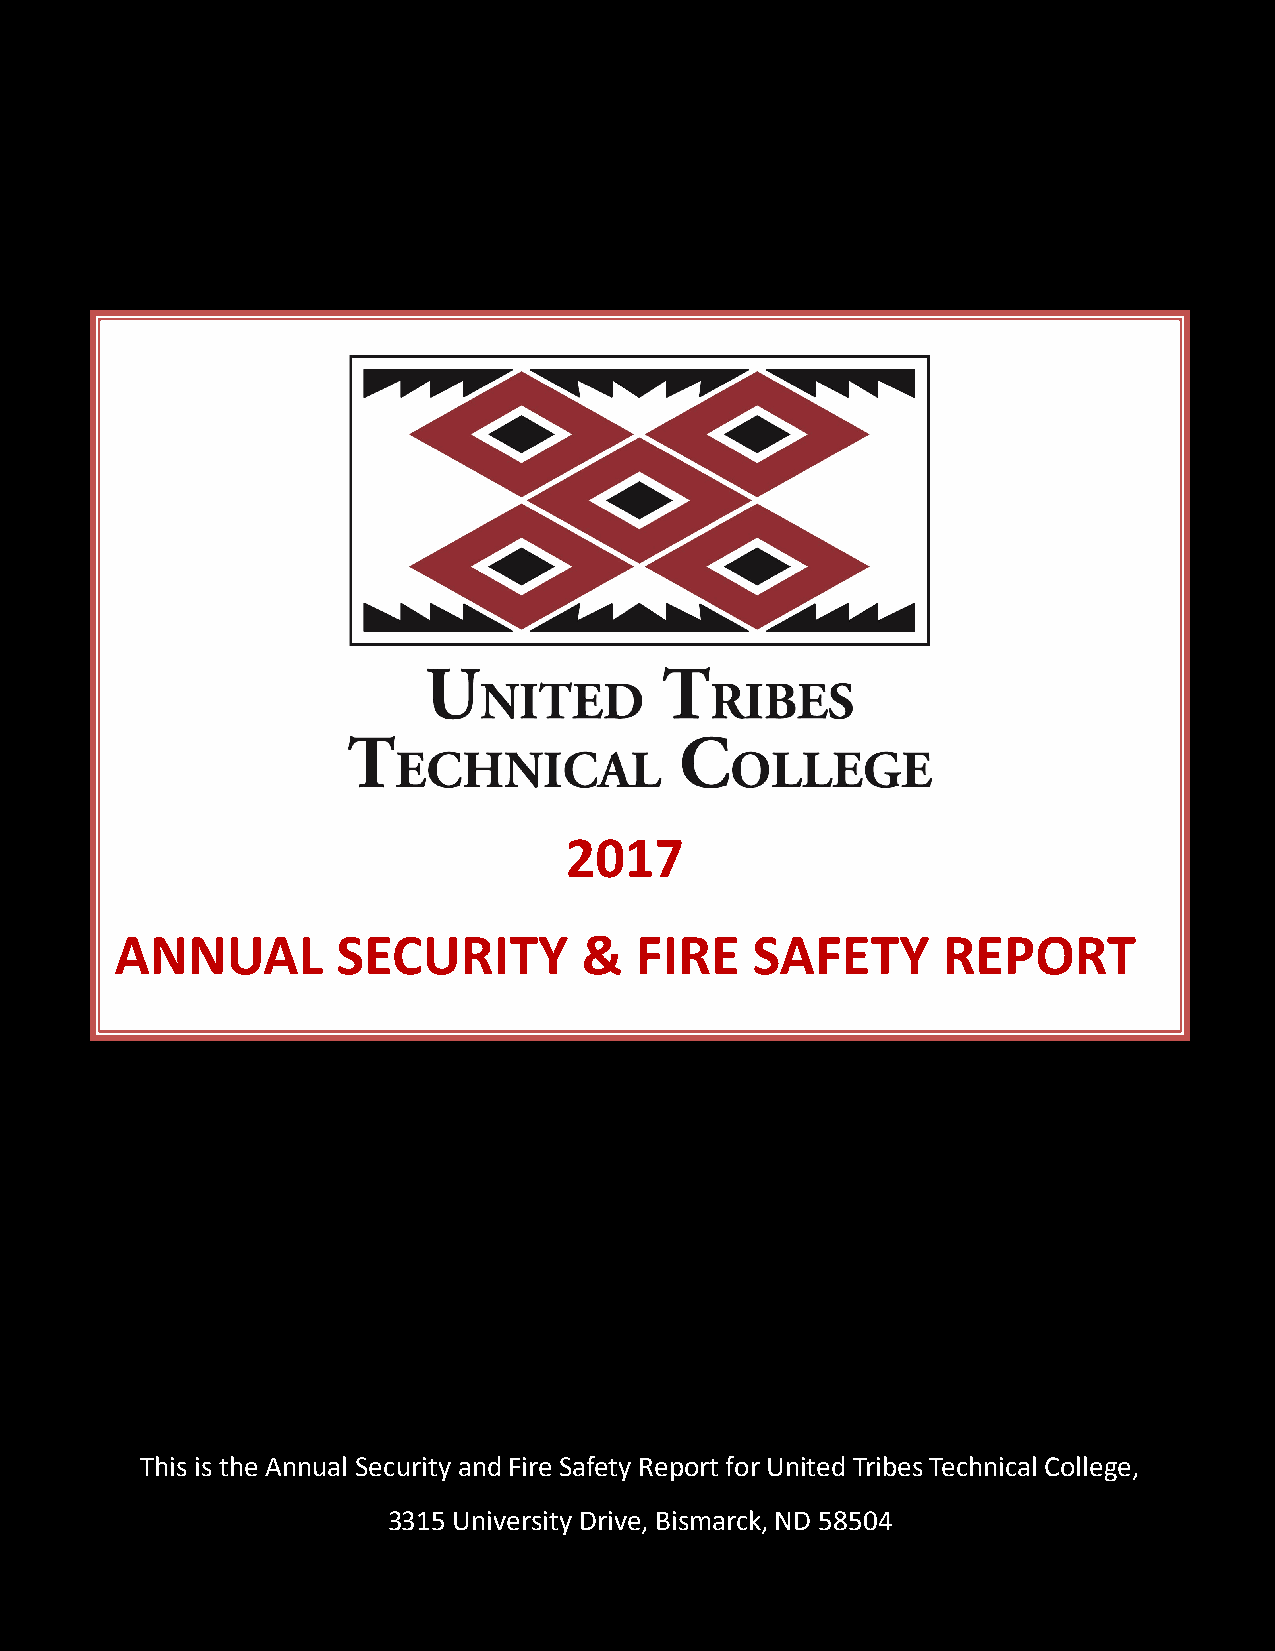
2017
 ANNUAL        SECURITY         &  FIRE    SAFETY      REPORT
 DISCLOSURE OF REPORTED CRIMES AND CRIME STATISTICS FOR CALENDAR YEARS 2014, 2015, 2016
 This is the Annual Security and Fire Safety Report for United Tribes Technical College,
 3315 University Drive, Bismarck, ND 58504
 1